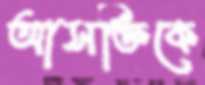
আসক্তিকে